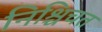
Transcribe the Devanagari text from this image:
निश्चिचत